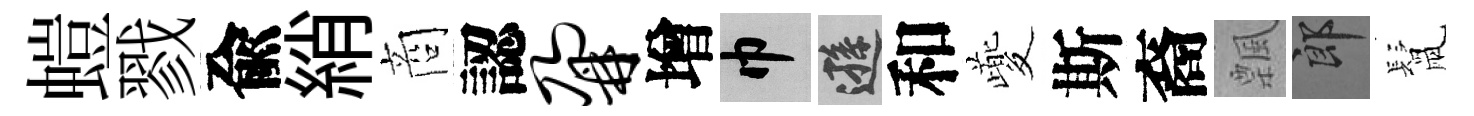
螘戮兪綃商認鼐增巾遜和夔斯裔飄郎鬛